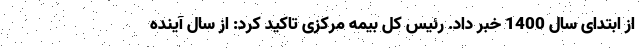
از ابتدای سال 1400 خبر داد. رئیس کل بیمه مرکزی تاکید کرد: از سال آینده